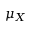
\mu _ { X }